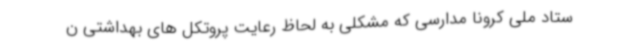
ستاد ملی کرونا مدارسی که مشکلی به لحاظ رعایت پروتکل های بهداشتی ن